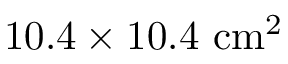
1 0 . 4 \times 1 0 . 4 ~ \mathrm { c m } ^ { 2 }